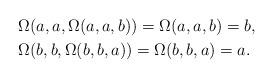
LaTeX: \begin{align*} &\Omega(a,a,\Omega(a,a,b))=\Omega(a,a,b)=b,\\ &\Omega(b,b,\Omega(b,b,a))=\Omega(b,b,a)=a. \\ \end{align*}